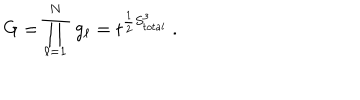
G = \prod _ { \ell = 1 } ^ { N } \ g _ { \ell } = t ^ { \frac { 1 } { 2 } S _ { t o t a l } ^ { 3 } } \ .